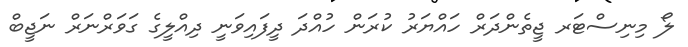
ލޯ މިނިސްޓަރ ޖީތެންދަރް ހައްޔަރު ކުރަން ހުއްދަ ދީފައިވަނީ ދިއްލީގެ ގަވަރްނަރް ނަޖީބް